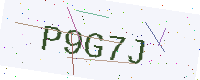
Text: P9G7J